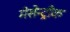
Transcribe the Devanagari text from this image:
मेसेन्ट्रीक